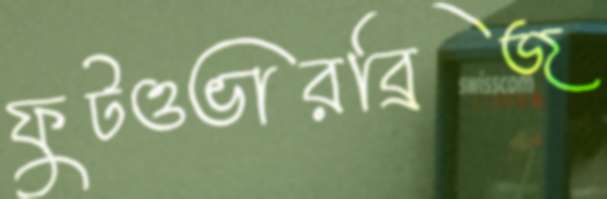
ফুটওভারব্রিজ